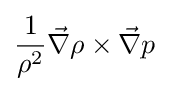
{\frac {1}{\rho ^{2}}}{\vec {\nabla }}\rho \times {\vec {\nabla }}p